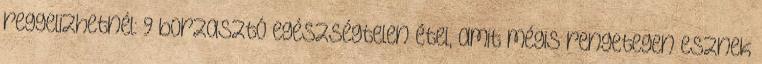
reggelizhetnél: 9 borzasztó egészségtelen étel, amit mégis rengetegen esznek